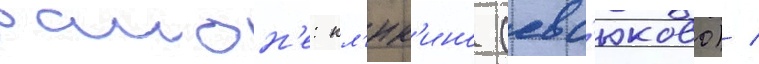
раион'е: кл'юк'ино (евс'юково) /